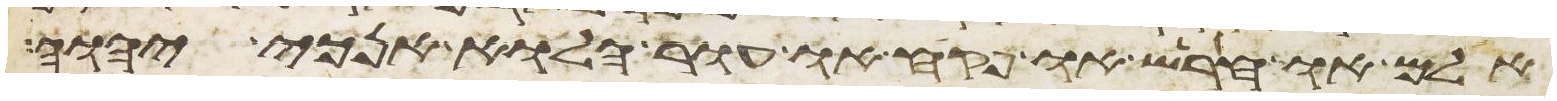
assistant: אלם או חרש או פקח או עור הלוא אנכי יהוה